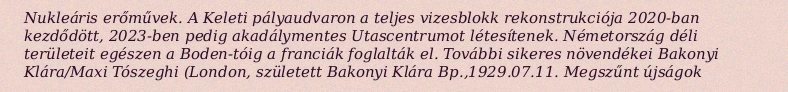
Nukleáris erőművek. A Keleti pályaudvaron a teljes vizesblokk rekonstrukciója 2020-ban kezdődött, 2023-ben pedig akadálymentes Utascentrumot létesítenek. Németország déli területeit egészen a Boden-tóig a franciák foglalták el. További sikeres növendékei Bakonyi Klára/Maxi Tószeghi (London, született Bakonyi Klára Bp.,1929.07.11. Megszűnt újságok